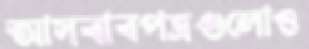
আসবাবপত্রগুলোও